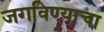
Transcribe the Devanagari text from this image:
जगविण्याचा